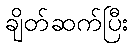
ချိတ်ဆက်ပြီး